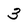
Character: 3